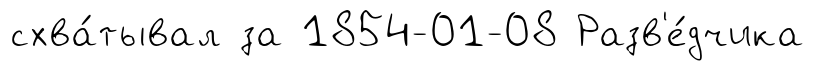
схва́тывал за 1854-01-08 Разв'е́дчика